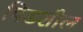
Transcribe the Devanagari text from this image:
पिडशील